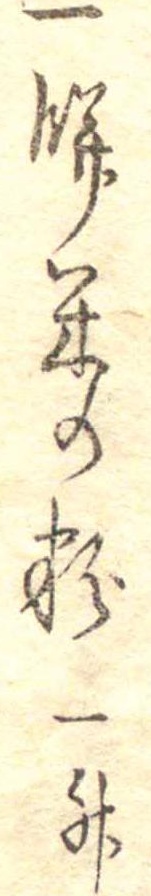
一餅米の粉一升